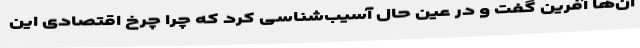
آن‌ها آفرین گفت و در عین حال آسیب‌شناسی کرد که چرا چرخ اقتصادی این